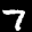
Label: 7